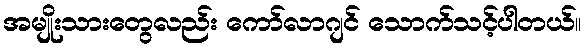
အမျိုးသားတွေလည်း ကော်လာဂျင် သောက်သင့်ပါတယ်။